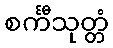
စင်္ကီသုတ္တံ